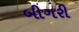
બીગરી